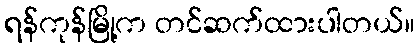
ရန်ကုန်မြို့က တင်ဆက်ထားပါတယ်။